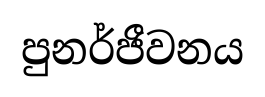
පුනර්ජීවනය